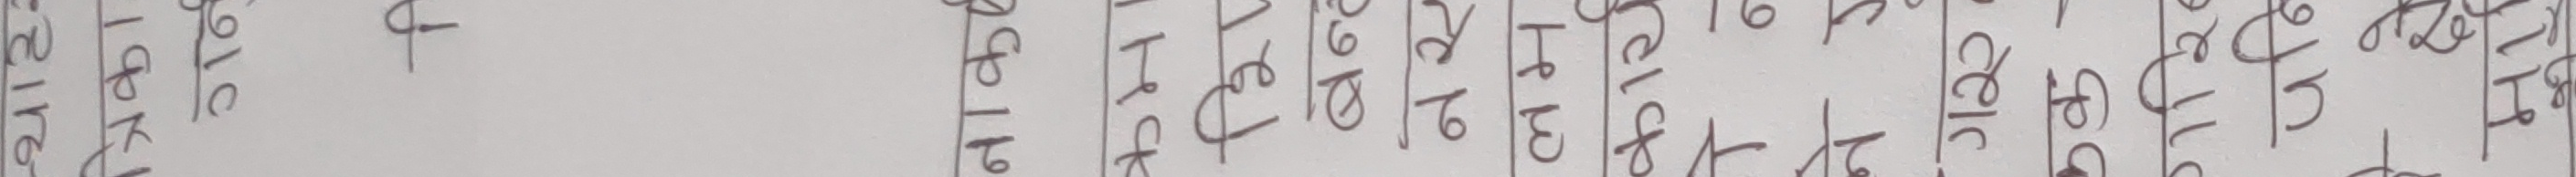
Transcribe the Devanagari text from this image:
अनु०
३ । ७
१३५
२ । २
५ । १
६ । १
३ । १
१२३
२ । १
५ । १
२ । १
६ । १
१ । २
३ । १
३ । ७
१ । १
२ । १
१२४
९ । १
७ । १
३ । १
१ । १
९ । १
३ । १
२ । १
३ । १